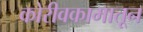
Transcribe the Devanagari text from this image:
कोरीवकामातून